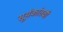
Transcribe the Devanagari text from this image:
सूर्यकांतची